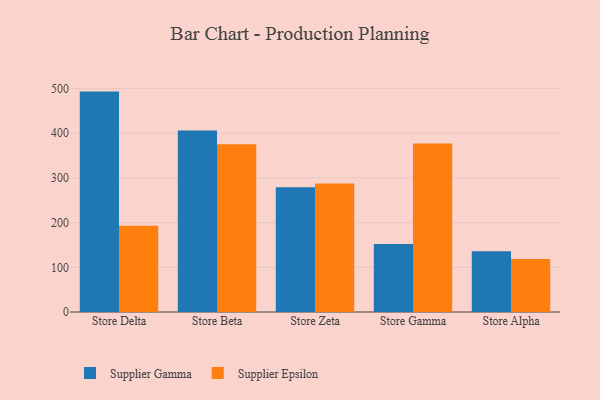
{"axis": {"x": "Store", "y": "Customer Acquisition Cost (USD)"}, "legend": ["Supplier Epsilon", "Supplier Gamma"], "data": [{"x": "Store Delta", "y": 493.3, "type": "Supplier Gamma"}, {"x": "Store Delta", "y": 193.0, "type": "Supplier Epsilon"}, {"x": "Store Beta", "y": 406.0, "type": "Supplier Gamma"}, {"x": "Store Beta", "y": 375.3, "type": "Supplier Epsilon"}, {"x": "Store Zeta", "y": 279.3, "type": "Supplier Gamma"}, {"x": "Store Zeta", "y": 287.8, "type": "Supplier Epsilon"}, {"x": "Store Gamma", "y": 152.2, "type": "Supplier Gamma"}, {"x": "Store Gamma", "y": 377.1, "type": "Supplier Epsilon"}, {"x": "Store Alpha", "y": 135.7, "type": "Supplier Gamma"}, {"x": "Store Alpha", "y": 118.5, "type": "Supplier Epsilon"}]}